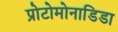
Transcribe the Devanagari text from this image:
प्रोटोमोनाडिडा